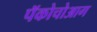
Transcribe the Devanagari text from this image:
पॅकोचोआग